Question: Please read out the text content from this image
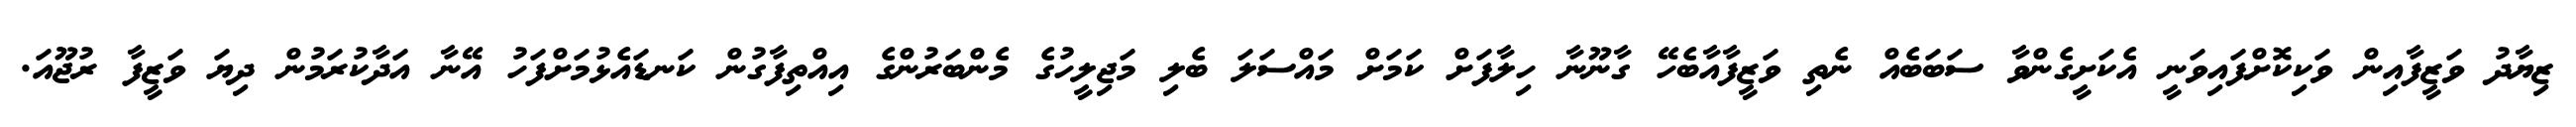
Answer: ޒިޔާދު ވަޒީފާއިން ވަކިކޮށްފައިވަނީ އެކަށީގެންވާ ސަބަބެއް ނެތި ވަޒީފާއާބެހޭ ގާނޫނާ ހިލާފަށް ކަމަށް މައްސަލަ ބެލި މަޖިލީހުގެ މެންބަރުންގެ އިއްތިފާގުން ކަނޑައެޅުމަށްފަހު އޭނާ އަދާކުރަމުން ދިޔަ ވަޒީފާ ރުޖޫއަ.